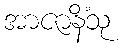
အာဇာနိံသု